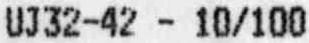
UJ32-42 - 10/100